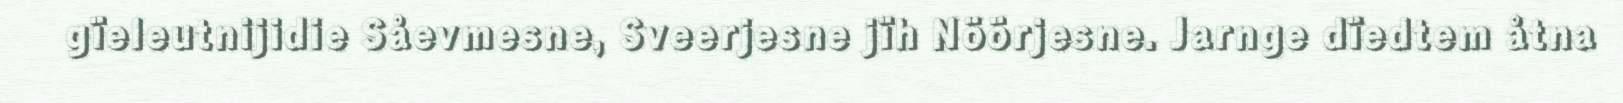
gïeleutnijidie Såevmesne, Sveerjesne jïh Nöörjesne. Jarnge dïedtem åtna